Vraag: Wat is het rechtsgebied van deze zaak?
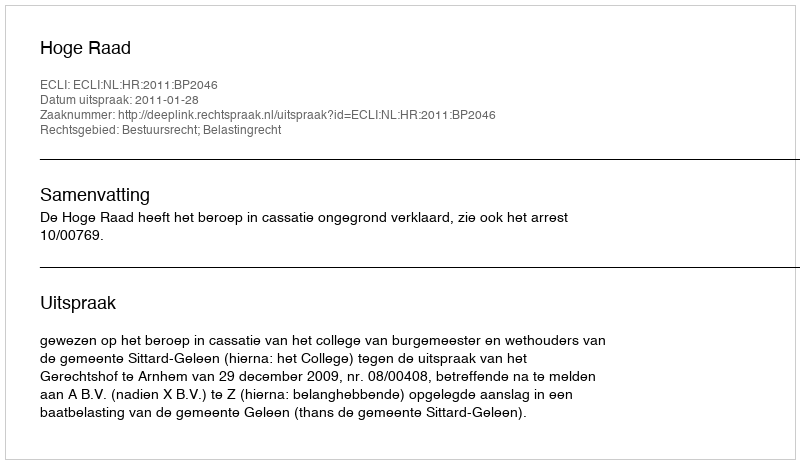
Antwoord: Bestuursrecht; Belastingrecht